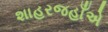
શાહરજહાઁએ